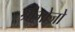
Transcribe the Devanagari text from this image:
श्रीभोजो